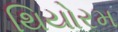
થિયોરમ